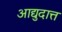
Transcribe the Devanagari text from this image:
आद्युदात्त